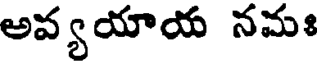
అవ్యయాయ నమః